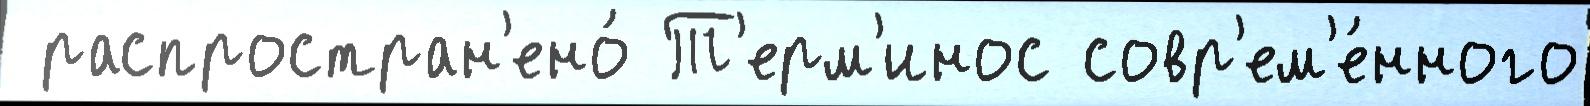
 распростран'ено́ Т'ерм'инос совр'ем'е́нного